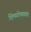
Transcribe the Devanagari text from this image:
शिमगोत्सवात